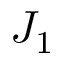
J _ { 1 }